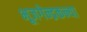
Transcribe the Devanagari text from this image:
भूजगेन्द्रकन्या